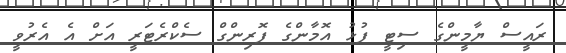
ރައީސް ޔާމީންގެ ސިޓީ ފުޅު އޮމާންގެ ފޮރިންގް ސެކްރެޓަރީ އަށް އެ އެރުވީ